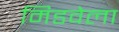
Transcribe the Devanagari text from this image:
मिडवेला